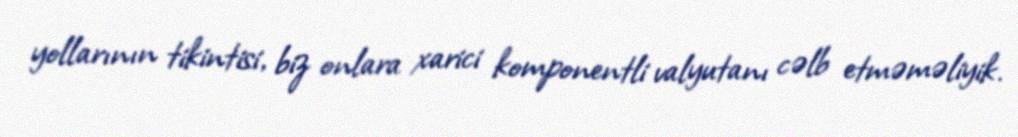
yollarının tikintisi, biz onlara xarici komponentli valyutanı cəlb etməməliyik.